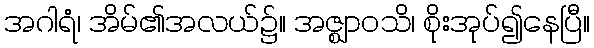
အဂါရံ၊ အိမ်၏အလယ်၌။ အဇ္ဈာဝသိ၊ စိုးအုပ်၍နေပြီ။